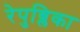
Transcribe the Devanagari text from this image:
रेपुब्लिका